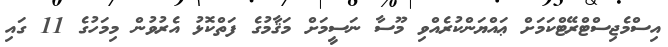
އިސްމެޖިސްޓްރޭޓްކަމަށް ޢައްޔަންކުރެއްވި މޫސާ ނަސީމަށް މަޤާމުގެ ފަތްކޮޅު އެރުވުން މިމަހުގެ 11 ގައި